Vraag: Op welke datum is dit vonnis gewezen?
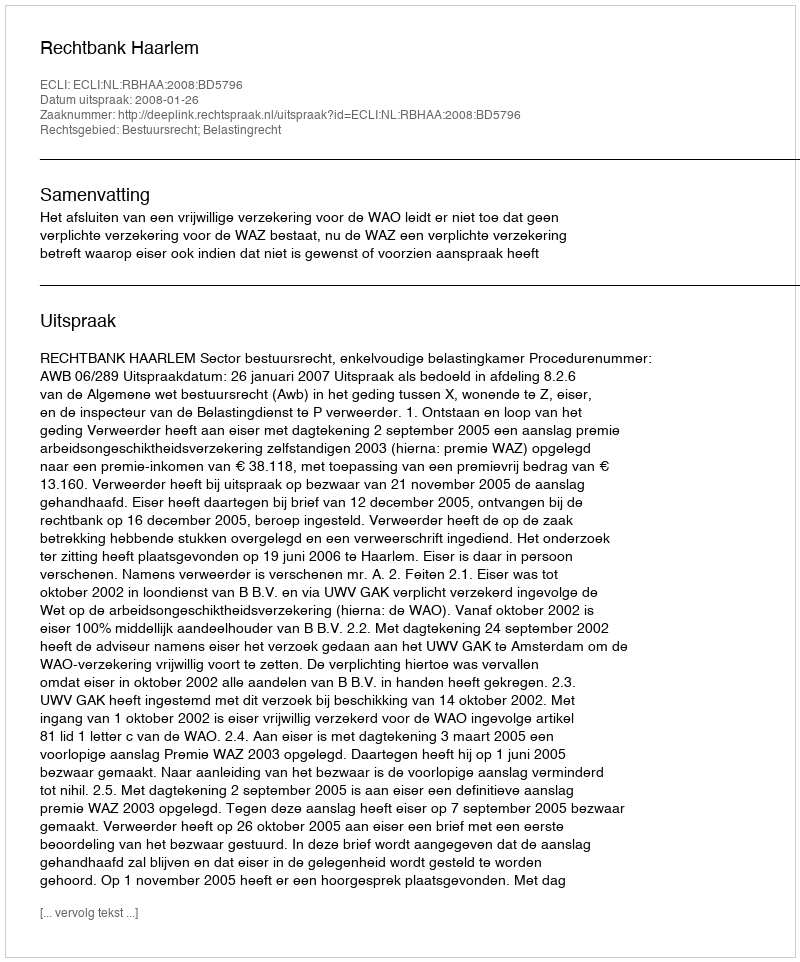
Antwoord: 2008-01-26